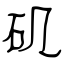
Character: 矶